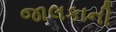
જાલકાની